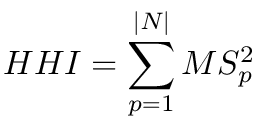
H H I = \sum _ { p = 1 } ^ { | N | } M S _ { p } ^ { 2 }